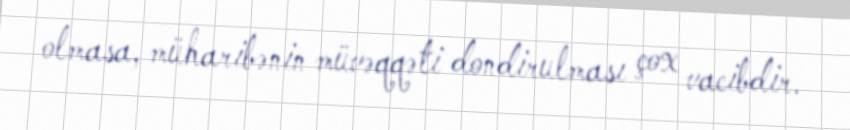
olmasa, müharibənin müvəqqəti dondirulması çox vacibdir.